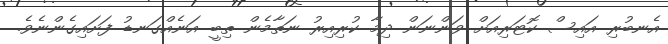
އެނބުރި އައިސް ކޮޓަރިއަށް ވަންނަން ދިމާ ކުރިއިރު ނަތާމެން ތިބީ އަނެއްގަނޑު ފަށައިގެންނެވެ.